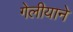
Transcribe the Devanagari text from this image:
गेलीयाने